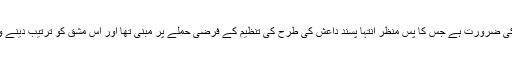
مانچسٹر پولیس کے نائب چیف کانسٹیبل گیری شیوان کا کہنا تھا کہ اس طرح کی مشق وقت کی ضرورت ہے جس کا پس منظر انتہا پسند داعش کی طرح کی تنظیم کے فرضی حملے پر مبنی تھا اور اس مشق کو ترتیب دینے والوں نے ویسے ہی حالات تصور کیے تھے جیسے اس قسم کے حملوں کے دوران ہوتے ہیں۔